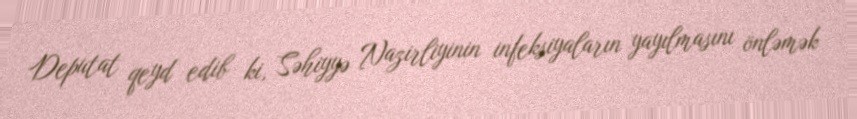
Deputat qeyd edib ki, Səhiyyə Nazirliyinin infeksiyaların yayılmasını önləmək